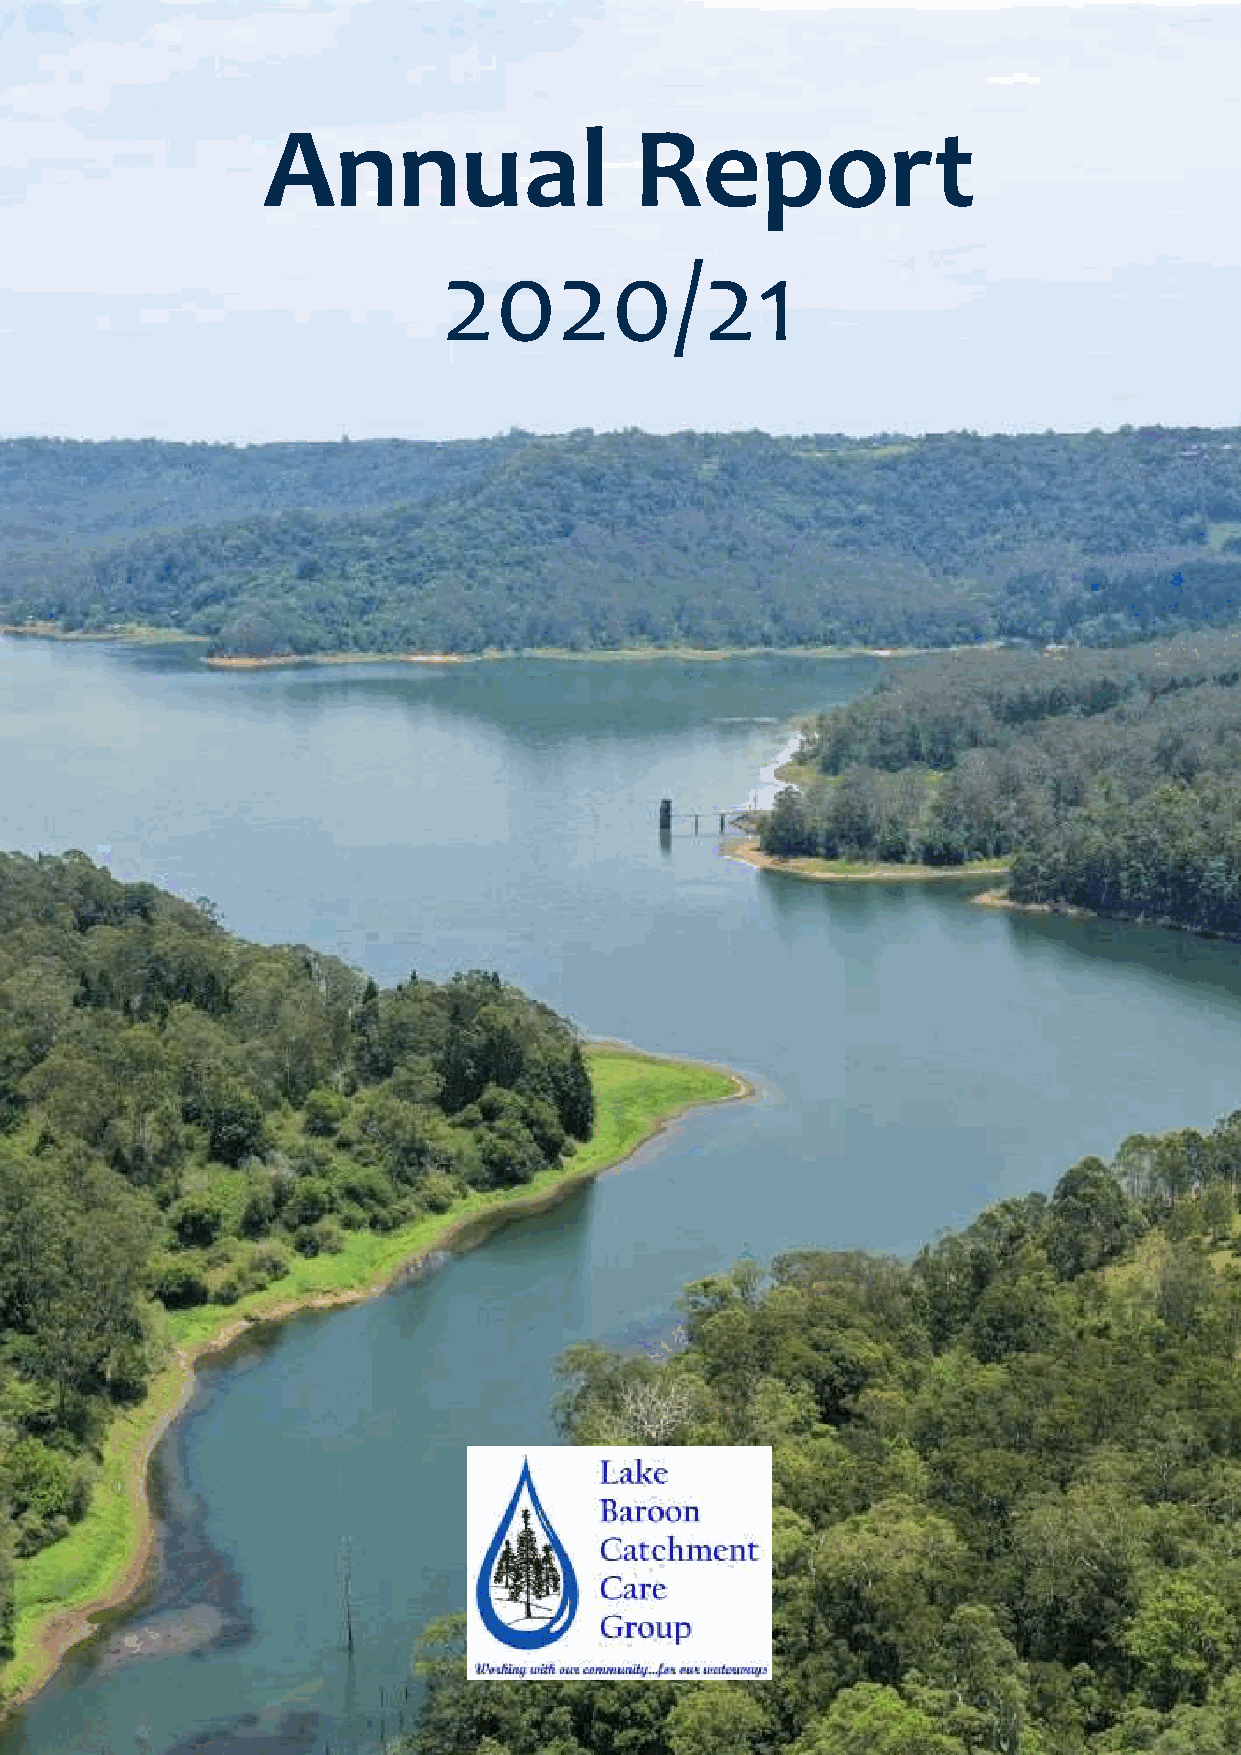
Annual                   Report
 2020/21
 a